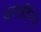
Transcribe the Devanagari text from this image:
व्रजादित्य